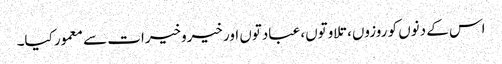
اس کے دنوں کو روزوں، تلاوتوں، عبادتوں اور خیروخیرات سے معمور کیا۔